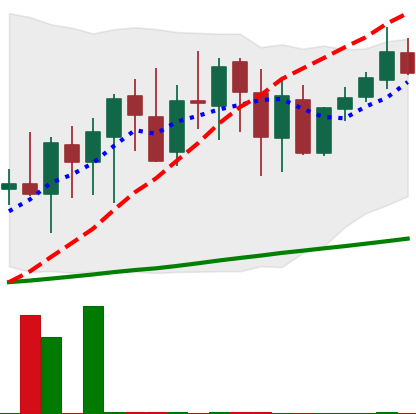
Ticker: XMR-USD
Chart end date: 2020-09-28
Forward return: 8.969%
Label: up_7plus